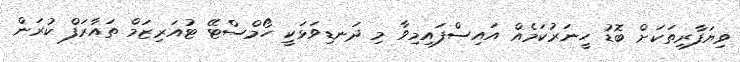
ވިޔަފާރިތަކަށް ބޮޑު ހީނަރުކަމެއް އައިސްފައިމިވާ މި ދަނޑިވަޅަކީ ހޯމްސްޓޭ ޓުއަރިޒަމް ތައާރަފް ކުރަން